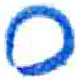
אות: ס